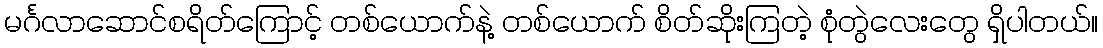
မင်္ဂလာဆောင်စရိတ်ကြောင့် တစ်ယောက်နဲ့ တစ်ယောက် စိတ်ဆိုးကြတဲ့ စုံတွဲလေးတွေ ရှိပါတယ်။